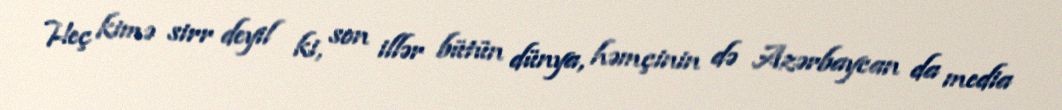
Heç kimə sirr deyil ki, son illər bütün dünya, həmçinin də Azərbaycan da media